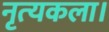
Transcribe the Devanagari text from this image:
नृत्‍यकला।